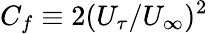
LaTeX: C_{f}\equiv 2(U_{\tau}/U_{\infty})^{2}